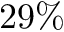
2 9 \%